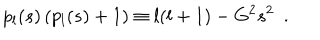
p _ { l } ( s ) \left( p _ { l } ( s ) + 1 \right) \equiv l ( l + 1 ) - G ^ { 2 } s ^ { 2 } ~ ~ .